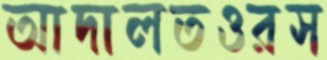
আদালতওরস